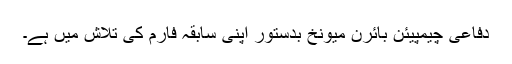
دفاعی چیمپیئن بائرن میونخ بدستور اپنی سابقہ فارم کی تلاش میں ہے۔